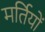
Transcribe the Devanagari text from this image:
मर्तियों